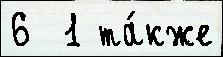
6  1 та́кже